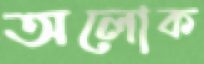
অলোক